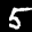
Label: 5